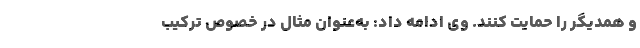
و همدیگر را حمایت کنند. وی ادامه داد: به‌عنوان مثال در خصوص ترکیب